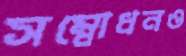
সম্বোধনও